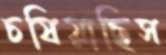
চষিয়াছিস